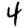
Digit: 4